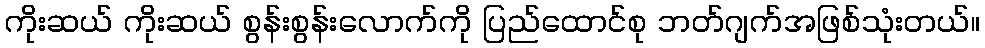
ကိုးဆယ် ကိုးဆယ် စွန်းစွန်းလောက်ကို ပြည်ထောင်စု ဘတ်ဂျက်အဖြစ်သုံးတယ်။